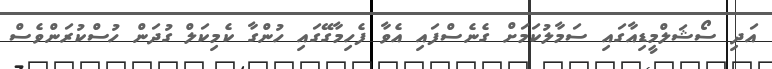
އަދި ސޯޝަލްމީޑިއާގައި ސަމާލުކަމަށް ގެނެސްފައި އެވާ ފެހިމާގޭގައި ހުންގާ ކެމިކަލް ގުދަން ހުސްކުރަންވެސް